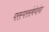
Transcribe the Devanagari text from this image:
परस्परसंबंधांना